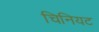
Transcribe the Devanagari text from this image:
चिनियट